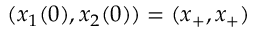
( x _ { 1 } ( 0 ) , x _ { 2 } ( 0 ) ) = ( x _ { + } , x _ { + } )